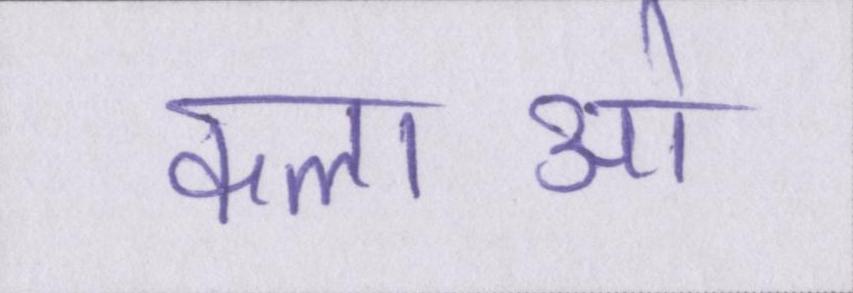
कलाओ